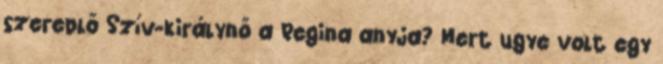
szereplő Szív-királynő a Regina anyja? Mert ugye volt egy